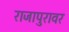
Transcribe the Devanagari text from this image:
राजापुरावर